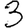
Digit: 3